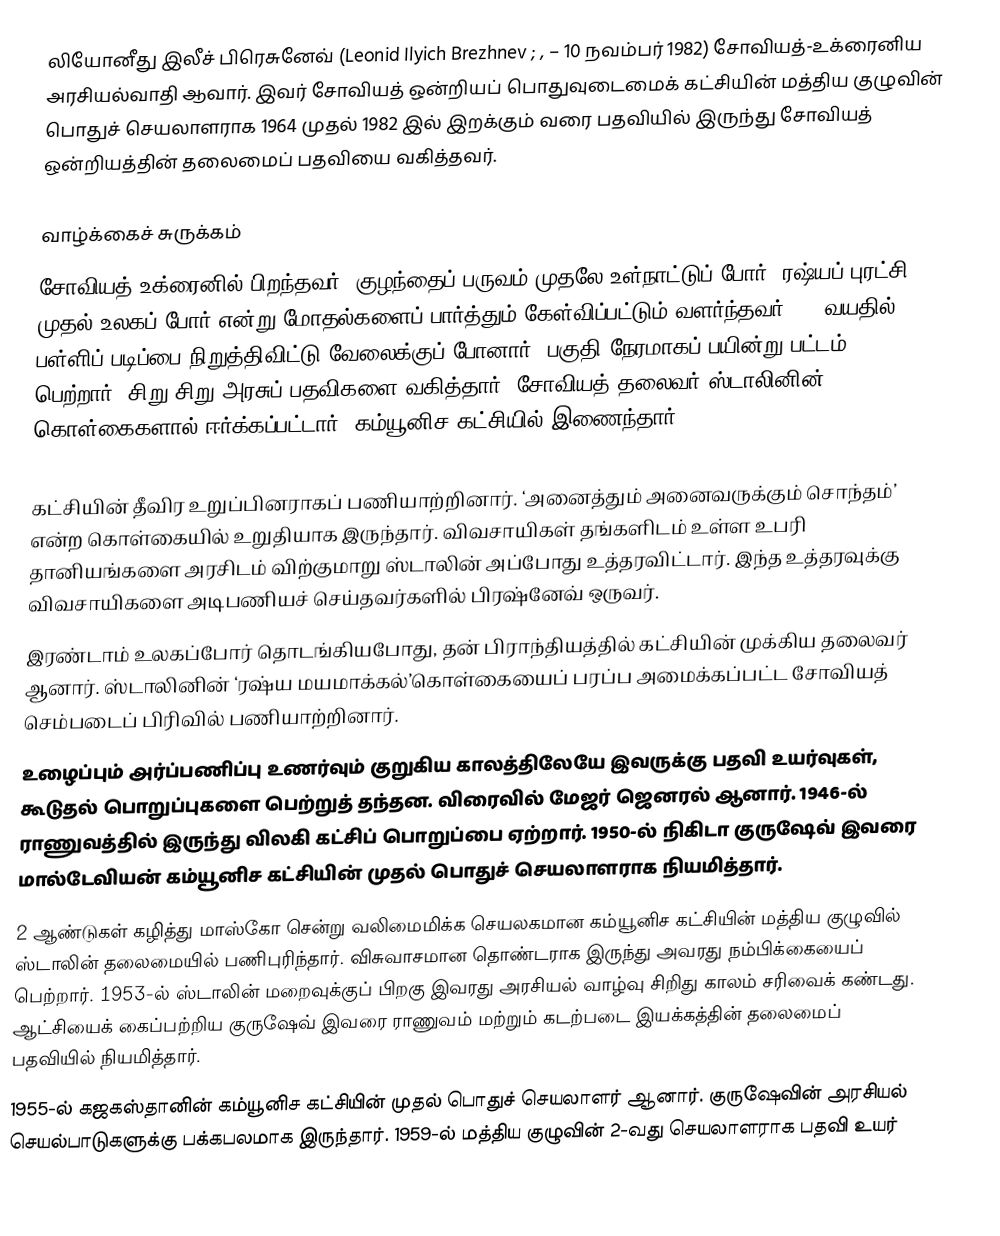
லியோனீது இலீச் பிரெசுனேவ் (Leonid Ilyich Brezhnev ; ,  – 10 நவம்பர் 1982) சோவியத்-உக்ரைனிய அரசியல்வாதி ஆவார். இவர் சோவியத் ஒன்றியப் பொதுவுடைமைக் கட்சியின் மத்திய குழுவின் பொதுச் செயலாளராக 1964 முதல் 1982 இல் இறக்கும் வரை பதவியில் இருந்து சோவியத் ஒன்றியத்தின் தலைமைப் பதவியை வகித்தவர்.

வாழ்க்கைச் சுருக்கம்
சோவியத் உக்ரைனில் பிறந்தவர். குழந்தைப் பருவம் முதலே உள்நாட்டுப் போர், ரஷ்யப் புரட்சி, முதல் உலகப் போர் என்று மோதல்களைப் பார்த்தும் கேள்விப்பட்டும் வளர்ந்தவர். 15 வயதில் பள்ளிப் படிப்பை நிறுத்திவிட்டு வேலைக்குப் போனார். பகுதி நேரமாகப் பயின்று பட்டம் பெற்றார். சிறு சிறு அரசுப் பதவிகளை வகித்தார். சோவியத் தலைவர் ஸ்டாலினின் கொள்கைகளால் ஈர்க்கப்பட்டார். கம்யூனிச கட்சியில் இணைந்தார்.

  கட்சியின் தீவிர உறுப்பினராகப் பணியாற்றினார். ‘அனைத்தும் அனைவருக்கும் சொந்தம்’ என்ற கொள்கையில் உறுதியாக இருந்தார். விவசாயிகள் தங்களிடம் உள்ள உபரி தானியங்களை அரசிடம் விற்குமாறு ஸ்டாலின் அப்போது உத்தரவிட்டார். இந்த உத்தரவுக்கு விவசாயிகளை அடிபணியச் செய்தவர்களில் பிரஷ்னேவ் ஒருவர்.
  இரண்டாம் உலகப்போர் தொடங்கியபோது, தன் பிராந்தியத்தில் கட்சியின் முக்கிய தலைவர் ஆனார். ஸ்டாலினின் ‘ரஷ்ய மயமாக்கல்’கொள்கையைப் பரப்ப அமைக்கப்பட்ட சோவியத் செம்படைப் பிரிவில் பணியாற்றினார்.
  உழைப்பும் அர்ப்பணிப்பு உணர்வும் குறுகிய காலத்திலேயே இவருக்கு பதவி உயர்வுகள், கூடுதல் பொறுப்புகளை பெற்றுத் தந்தன. விரைவில் மேஜர் ஜெனரல் ஆனார். 1946-ல் ராணுவத்தில் இருந்து விலகி கட்சிப் பொறுப்பை ஏற்றார். 1950-ல் நிகிடா குருஷேவ் இவரை மால்டேவியன் கம்யூனிச கட்சியின் முதல் பொதுச் செயலாளராக நியமித்தார்.
  2 ஆண்டுகள் கழித்து மாஸ்கோ சென்று வலிமைமிக்க செயலகமான கம்யூனிச கட்சியின் மத்திய குழுவில் ஸ்டாலின் தலைமையில் பணிபுரிந்தார். விசுவாசமான தொண்டராக இருந்து அவரது நம்பிக்கையைப் பெற்றார். 1953-ல் ஸ்டாலின் மறைவுக்குப் பிறகு இவரது அரசியல் வாழ்வு சிறிது காலம் சரிவைக் கண்டது. ஆட்சியைக் கைப்பற்றிய குருஷேவ் இவரை ராணுவம் மற்றும் கடற்படை இயக்கத்தின் தலைமைப் பதவியில் நியமித்தார்.
   1955-ல் கஜகஸ்தானின் கம்யூனிச கட்சியின் முதல் பொதுச் செயலாளர் ஆனார். குருஷேவின் அரசியல் செயல்பாடுகளுக்கு பக்கபலமாக இருந்தார். 1959-ல் மத்திய குழுவின் 2-வது செயலாளராக பதவி உயர்